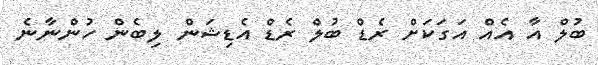
ބުލް އާ އެއް އަގަކަށް ރެޑް ބުލް ރެޑް އެޑިޝަން ލިބެން ހުންނާނެ